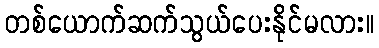
တစ်ယောက်ဆက်သွယ်ပေးနိုင်မလား။